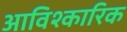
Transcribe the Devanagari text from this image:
आविश्कारिक